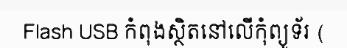
Flash USB កំពុងស្ថិតនៅលើកុំព្យូទ័រ (